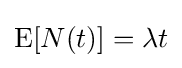
\operatorname {E} [N(t)]=\lambda t